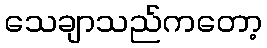
သေချာသည်ကတော့